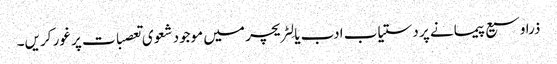
ذرا وسیع پیمانے پر دستیاب ادب یا لِٹریچر میں موجود شعوی تعصبات پر غور کریں۔